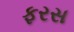
ફરસ